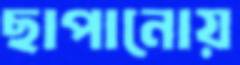
ছাপানোয়